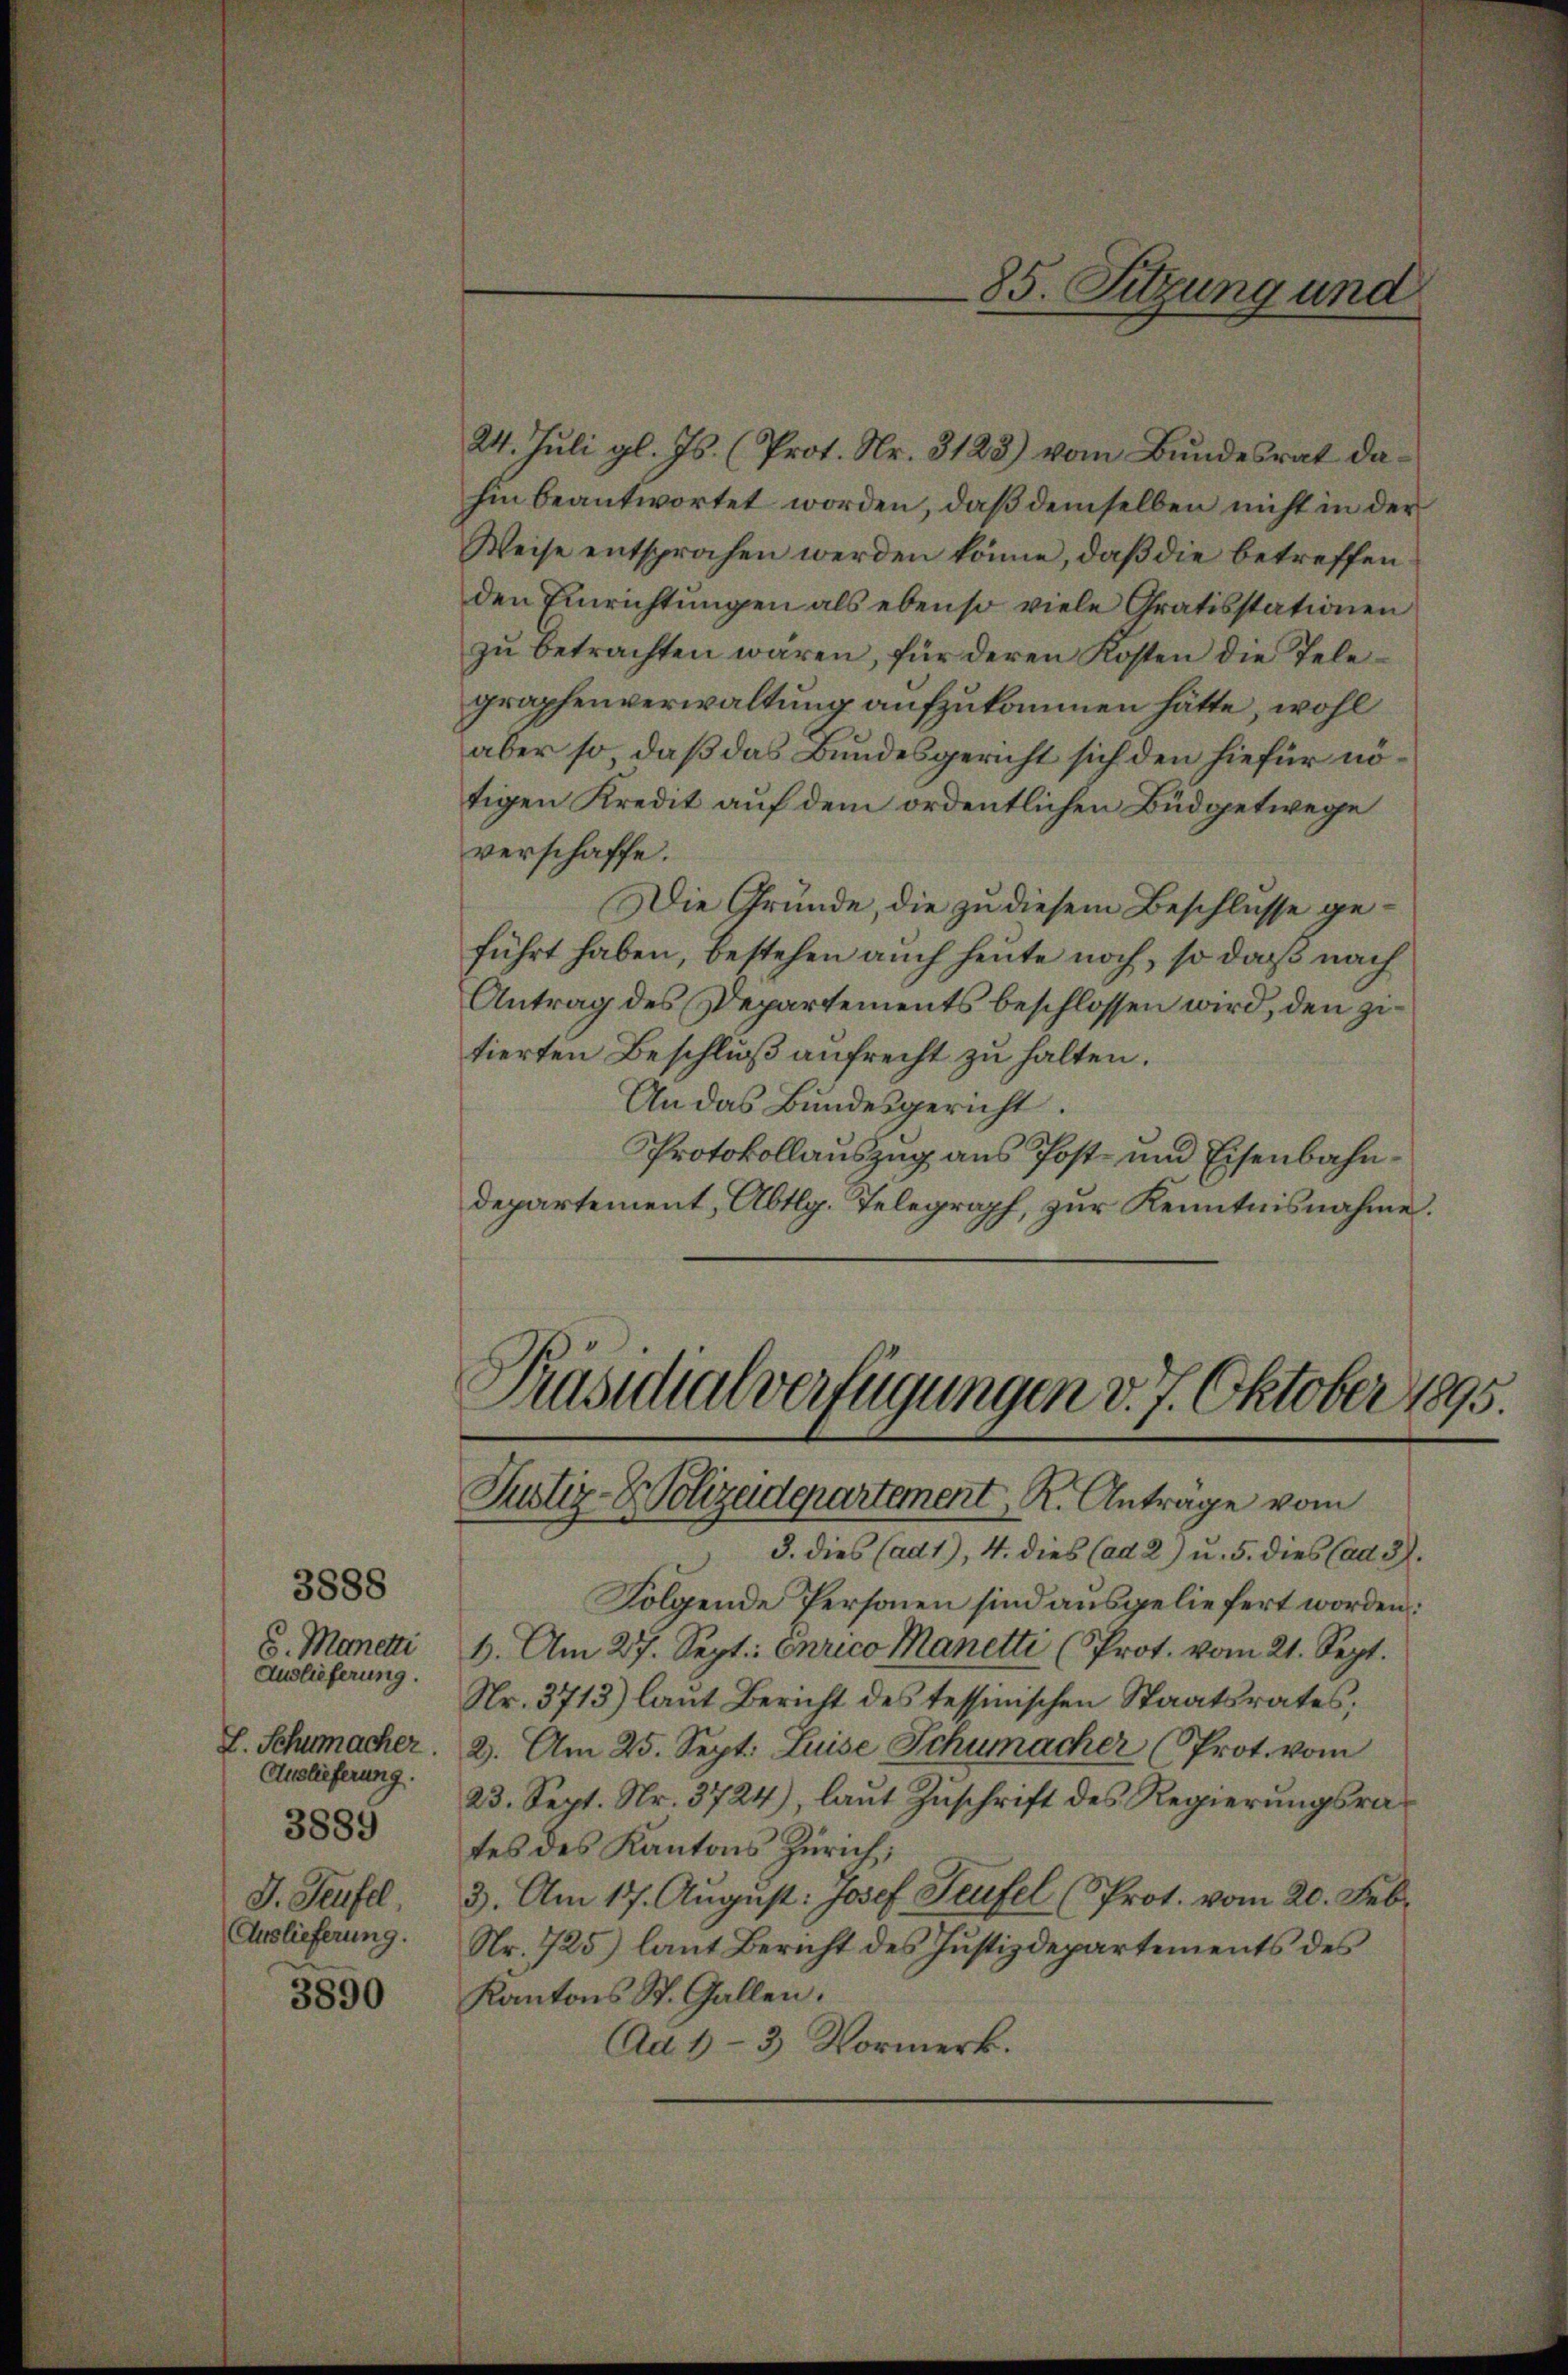
3888
S. Manetti
Auslieferung.
L. Schumacher.
Auslieferung.
3885
J. Teufel,
Auslieferung.

3890

24. Juli gl. Js. (Prot. Nr. 3128) vom Bundesrat dahin beantwortet worden, daß demselben nicht in der
Weise entsprochen werden könne, daß die betreffen
den Einrichtungen als ebenso viele Gratisstationen
zu betrachten wären, für deren Kosten die Telegraphenverwaltung aufzukommen hätte, wohl
aber so, daß das Bundesgericht sich den hiefür nötigen Kredit auf dem ordentlichen Büdgetwege
verschaffe.
Die Gründe, die zu diesem Beschlusse geführt haben, bestehen auch heute noch, so daß nach
Antrag des Departements beschlossen wird, den zitierten Beschluß aufrecht zu halten.
An das Bundesgericht.
Protokollauszug aus Post- und Eisenbahndepartement, Abtlg. Telegraph, zur Kenntnisnahme.

85. Sitzung und

Präsidialverfügungen v. 7. Oktober 1895.
Justiz-Polizeidepartement, R. Antrage vom

3. dies (ad1), 4. dies (ad 2) u. 5. dies (ad 3.
Folgende Personen sind ausgeliefert worden:
6. Am 27. Sept: Curico Manetti (Prot. vom 21. Sept.
Nr. 3713) laut Bericht des tessinischen Staatsrates;
2. Am 25. Sept. Luise Schumacher (Prot. vom
23. Sept. Nr. 3724), laut Zuschrift des Regierungsrates des Kantons Zürich;
3. Am 17. August: Josef Seufel (PProt. vom 20. Febr
Nr. 725) laut Bericht des Justizdepartements des
Kantons St. Gallen.
Ad 1-3 Vormerk.